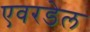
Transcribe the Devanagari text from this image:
एवरडेल